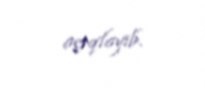
açıqlayıb.